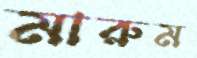
মারুম